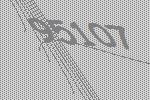
95107